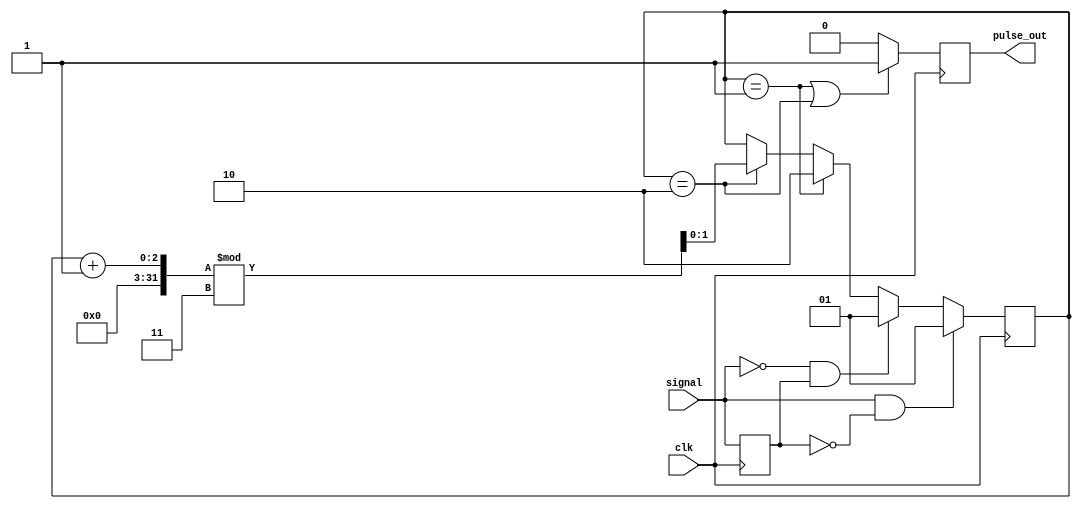
module pulse_edge_detector (
    input wire signal,     // Digital input signal
    input wire clk,       // Clock signal for synchronization
    output reg pulse_out   // Output pulse indicating edge detection
);

    // Register to hold the previous state of the input signal
    reg previous_signal;

    // Pulse width configuration (in clock cycles)
    parameter PULSE_WIDTH = 2; // Adjust as needed

    // State variable for pulse generation
    reg [1:0] pulse_state; // 00 - Idle, 01 - Pulse high, 10 - Pulse low

    // Edge detection and pulse generation
    always @(posedge clk) begin
        // Capture the current state of the signal
        previous_signal <= signal;

        // Edge detection logic
        if (signal && !previous_signal) begin
            // Rising edge detected
            pulse_state <= 1; // Start pulse
        end else if (!signal && previous_signal) begin
            // Falling edge detected
            pulse_state <= 1; // Start pulse
        end else if (pulse_state == 1) begin
            // If pulse state is active, move to high pulse state
            pulse_state <= 2; // Pulse high
        end else if (pulse_state == 2) begin
            // Maintain pulse high for the defined width
            pulse_state <= (pulse_state + 1) % (PULSE_WIDTH + 1);
        end
    end

    // Output logic for the pulse
    always @(posedge clk) begin
        if (pulse_state == 1 || pulse_state == 2) begin
            pulse_out <= 1; // Set pulse output high
        end else begin
            pulse_out <= 0; // Set pulse output low
        end
    end

endmodule